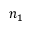
n _ { 1 }